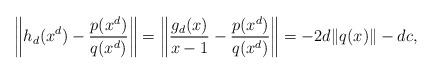
LaTeX: \begin{align*} \left\|h_d(x^d) - \frac{p(x^d)}{q(x^d)}\right\| =\left\|\frac{g_d(x)}{x-1} - \frac{p(x^d)}{q(x^d)}\right\|= -2d\|q(x)\| - dc,\end{align*}